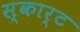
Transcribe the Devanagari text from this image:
स्कार्ट